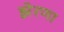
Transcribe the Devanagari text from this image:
झेरणा